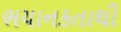
ભયાનકતાથી